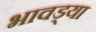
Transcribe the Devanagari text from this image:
भावड्या